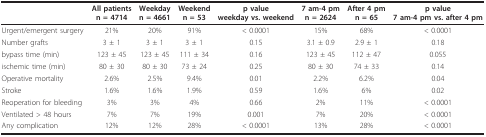
<table><thead><tr><td></td><td><b>All patientsn = 4714</b></td><td><b>Weekdayn = 4661</b></td><td><b>Weekendn = 53</b></td><td><b>p valueweekday vs. weekend</b></td><td><b>7 am-4 pmn = 2624</b></td><td><b>After 4 pmn = 65</b></td><td><b>p value7 am-4 pm vs. after 4 pm</b></td></tr></thead><tbody><tr><td>Urgent/emergent surgery</td><td>21%</td><td>20%</td><td>91%</td><td>&lt; 0.0001</td><td>15%</td><td>68%</td><td>&lt; 0.0001</td></tr><tr><td>Number grafts</td><td>3 ± 1</td><td>3 ± 1</td><td>3 ± 1</td><td>0.15</td><td>3.1 ± 0.9</td><td>2.9 ± 1</td><td>0.18</td></tr><tr><td>bypass time (min)</td><td>123 ± 45</td><td>123 ± 45</td><td>111 ± 34</td><td>0.16</td><td>123 ± 45</td><td>112 ± 47</td><td>0.055</td></tr><tr><td>ischemic time (min)</td><td>80 ± 30</td><td>80 ± 30</td><td>73 ± 24</td><td>0.25</td><td>80 ± 30</td><td>74 ± 33</td><td>0.14</td></tr><tr><td>Operative mortality</td><td>2.6%</td><td>2.5%</td><td>9.4%</td><td>0.01</td><td>2.2%</td><td>6.2%</td><td>0.04</td></tr><tr><td>Stroke</td><td>1.6%</td><td>1.6%</td><td>1.9%</td><td>0.59</td><td>1.6%</td><td>6%</td><td>0.02</td></tr><tr><td>Reoperation for bleeding</td><td>3%</td><td>3%</td><td>4%</td><td>0.66</td><td>2%</td><td>11%</td><td>&lt; 0.0001</td></tr><tr><td>Ventilated &gt; 48 hours</td><td>7%</td><td>7%</td><td>19%</td><td>0.001</td><td>7%</td><td>20%</td><td>&lt; 0.0001</td></tr><tr><td>Any complication</td><td>12%</td><td>12%</td><td>28%</td><td>&lt; 0.0001</td><td>13%</td><td>28%</td><td>&lt; 0.0001</td></tr></tbody></table>